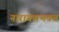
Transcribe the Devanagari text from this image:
नारायणभक्त